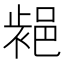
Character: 𨛷